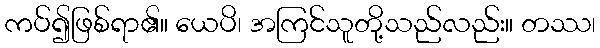
ကပ်၍ဖြစ်ရာ၏။ ယေပိ၊ အကြင်သူတို့သည်လည်း။ တဿ၊